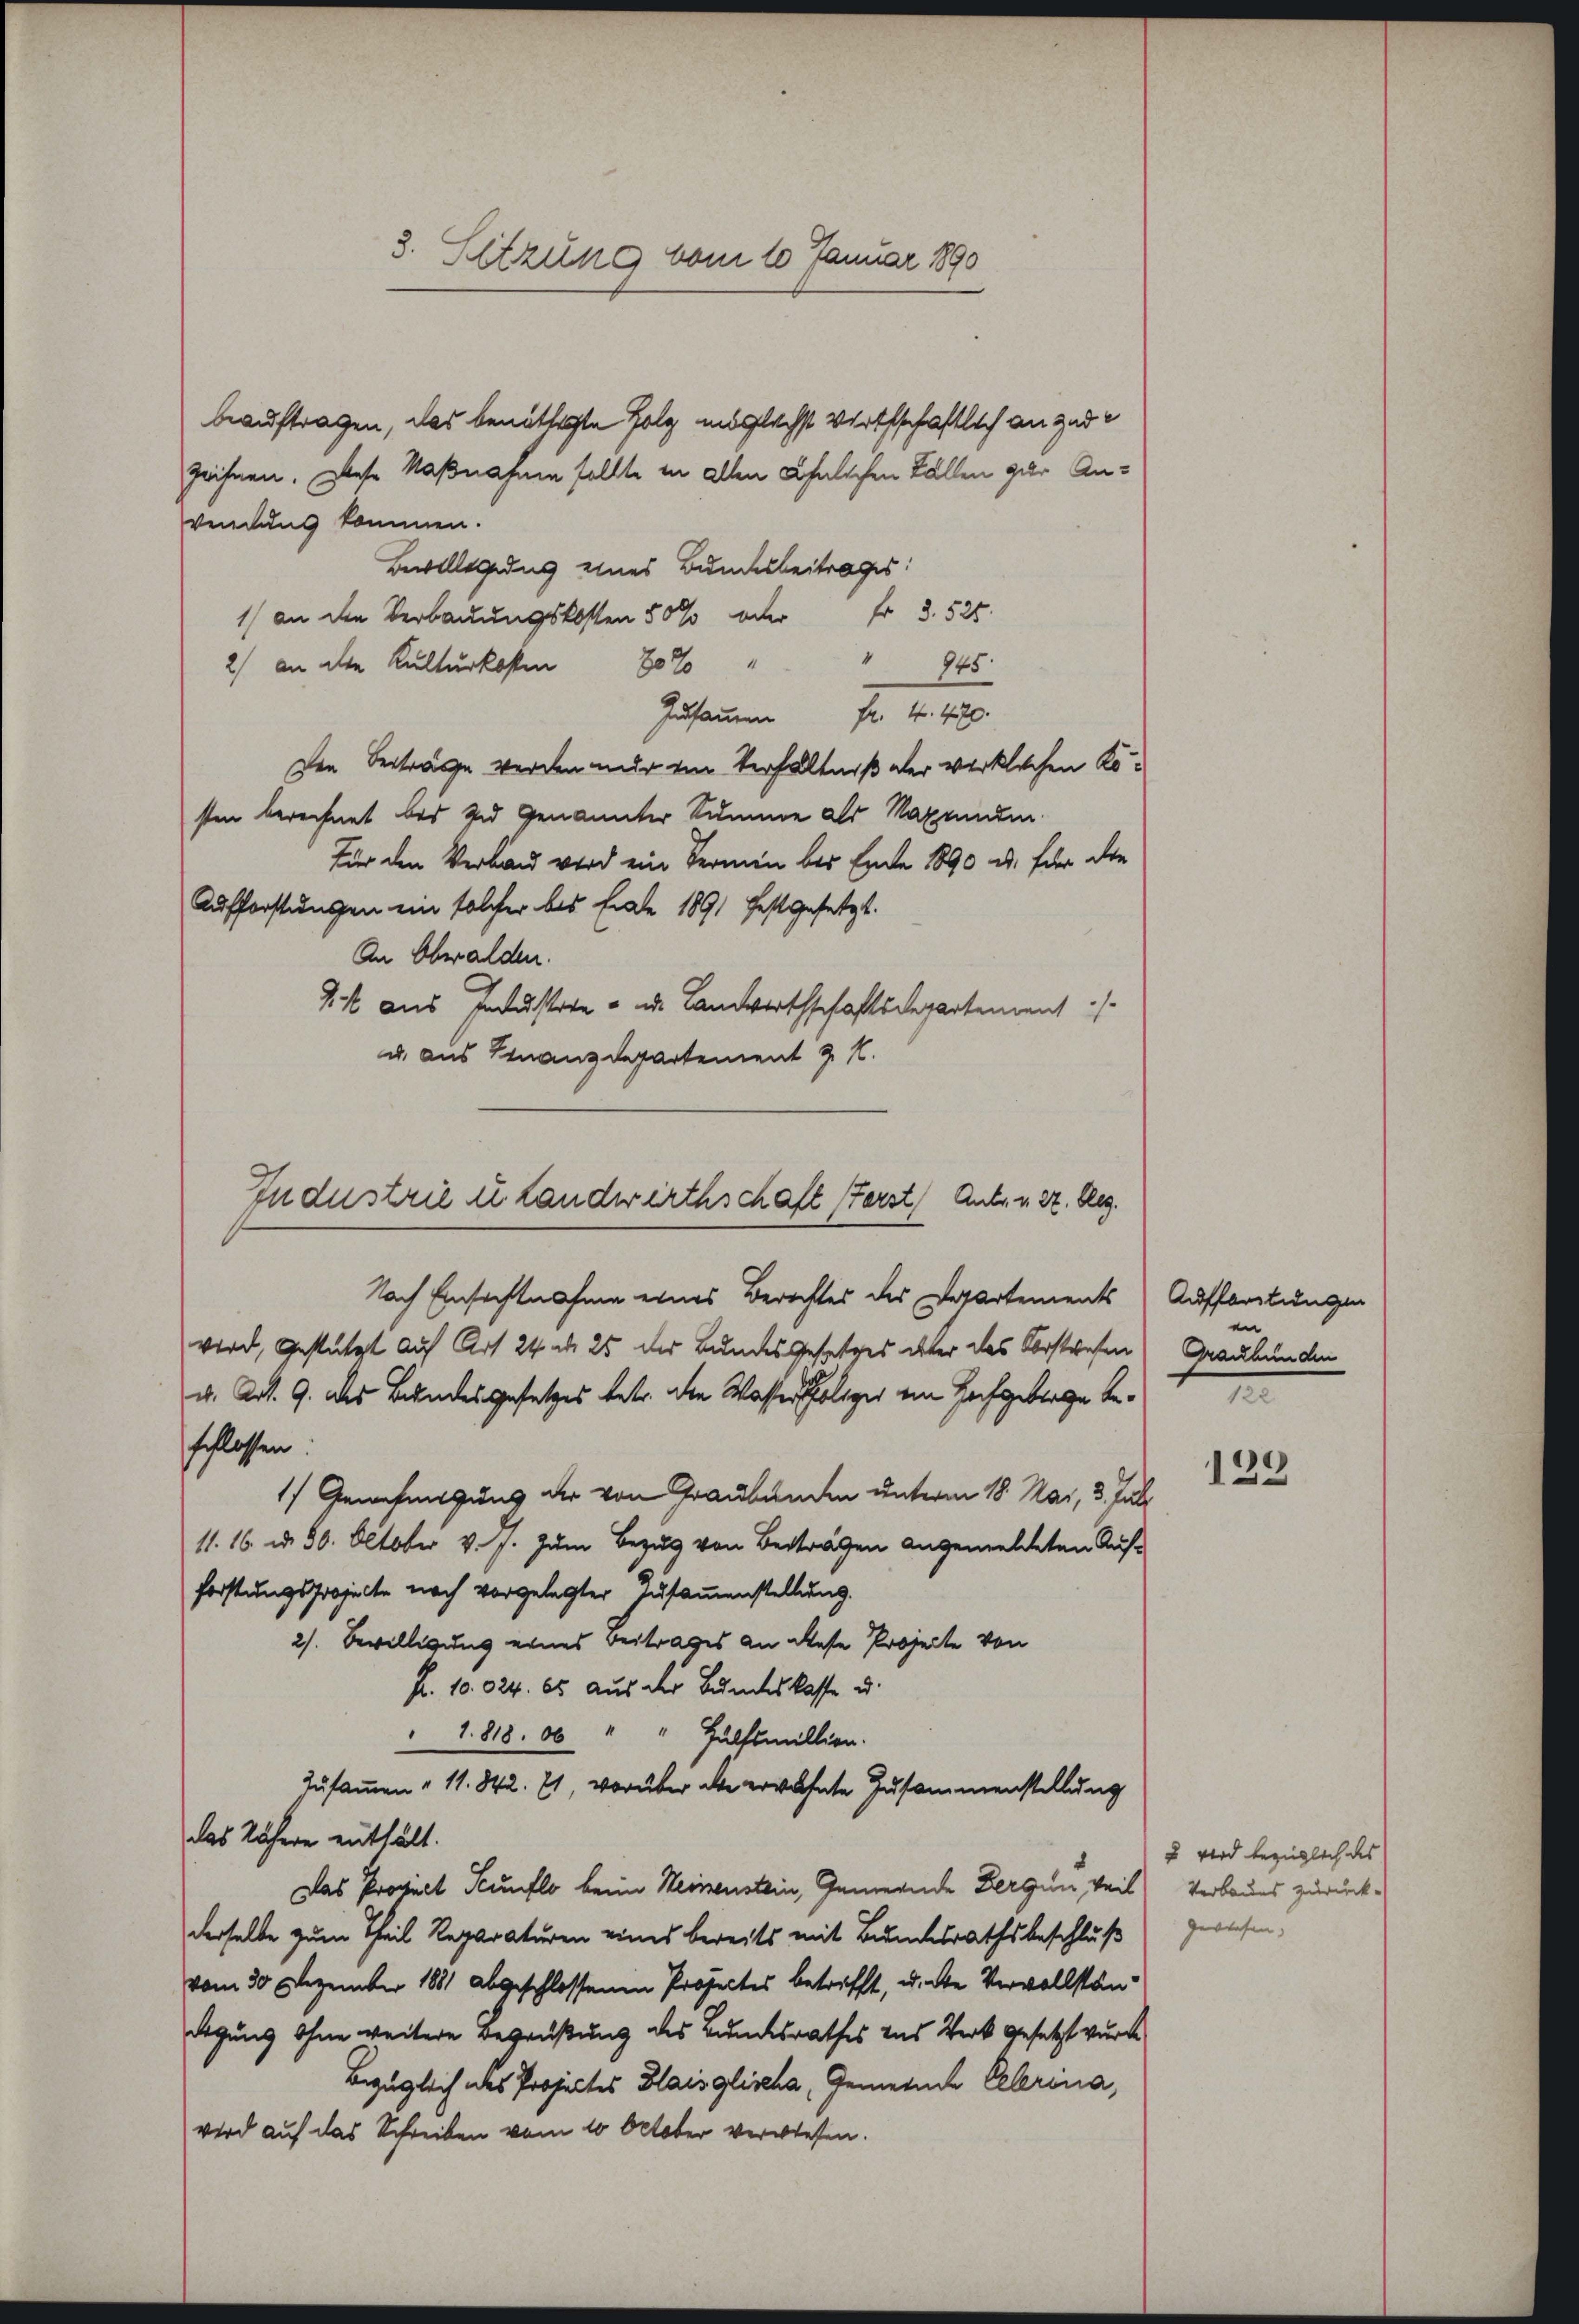
beauftragen, das benöthigte Holz unglechst Wirthschaftlich an zude
zeichnen. Diese Maßnahme sollte in allen ähnlichen Fällen zur Anvendung kommen.
Bewilligung eines Bundesbeitrages:
1 an den Verbauungskosten 50 % oder fr 3. 525.
 945
2 an der Kulturkosten
Zusammen Fr. 4470.
Den Beiträge werden nur im Verhältniß der wirklichen Kösten berechnet bei und Genannter Summe als Magenden
Für den Verband wird ein Vermen bis Ende 1890 u. für die
Aufforstungen ein solcher bis Ende 1891 festgesetzt.
An Obwalden.
14 aus Industrie - u. Landwirthschaftsdepartement
u. aus Finanzdepartement z. K.
Nach Einsichtnahme eines Berechtes des Departements
wird, gestützt auf Art 24. d. 25 der Bundesgesetzes über das Vorstrafen
v. Art. 9. des Bundesgesetzes betr. die Wasser Polizer ein Hofgetrage beschlossen.
1) Genehmigung der von Graubünden unterm 18. Mai, 3. Juli
11. 16. d. 30. October v. J. zum Bezug von Beträgen angemeldeten Aufforstungsprojecte noch vorgelegter Zusammenstellung.
2). Bewilligung eines Beitrages an diese Projecte von
Fr. 10. 624. es aus der Bundeskasse u.
1818. 06 " " Hülfsmillion.
Zusammen " 11. 842. Er, worüber die erwähnte Zusammenstellung
das Nähere enthält.
Das Proviel Scunflo beim Weinenstein, Gemeinde Bergen weil Verbaues zurückderselbe zum Theil Reparaturen eines bereits mit Bundesrathsbeschluß
vom 30. Dezember 1881 abgeschlossenen Projectes betrifft, u. die Vervollstän¬
Degung ohne weitere Begrüßung des Bundesrathes aus Werk gesetzt wurde
Bezüglich des Projectes Blaisglische, Gemeinde Celerina,
wird auf das Schreiben vom 10. October verwiesen.

3. Sitzung vom 10 Januar 1890

Industrie u Landwirthschaft Ferst Anton 22. Reg.

Auffortungen
en
Graubünden
I

129

u wird bezüglich des
gewiesen.